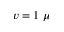
v = 1 \ \mu